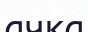
ачка